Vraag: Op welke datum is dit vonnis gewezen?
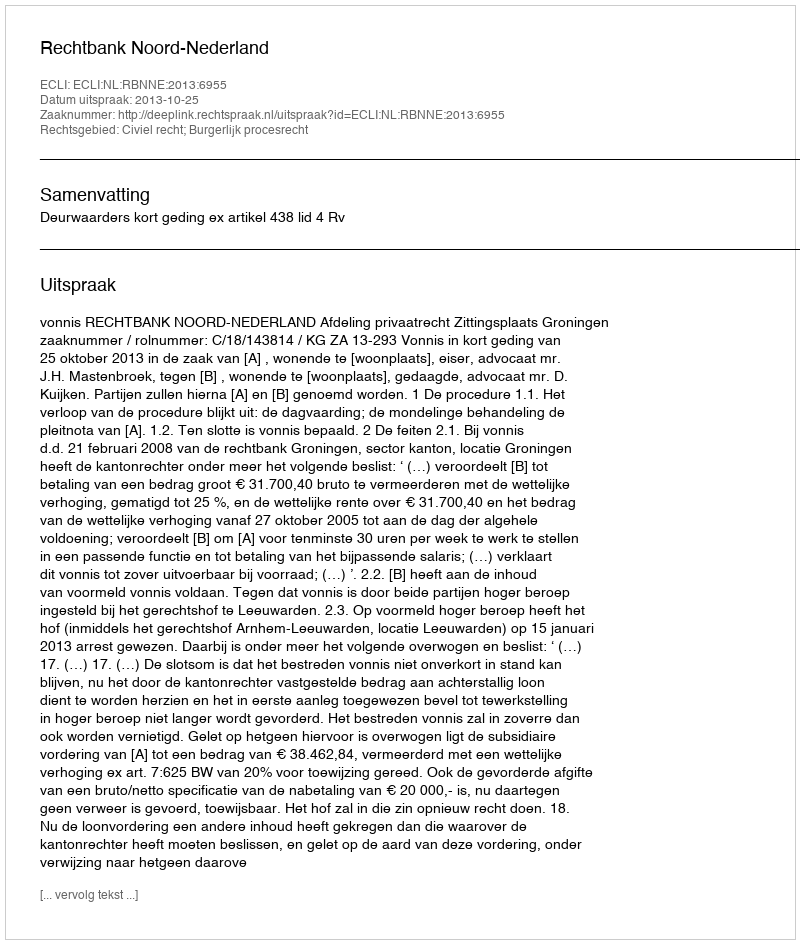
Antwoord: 2013-10-25